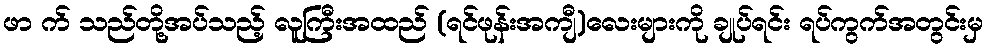
ဖာ က် သည်တို့အပ်သည့် လူကြီးအထည် (ရင်ဖုန်းအကျီ)လေးများကို ချုပ်ရင်း ရပ်ကွက်အတွင်းမှ